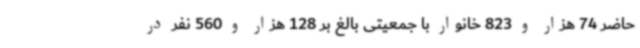
حاضر 74 هزار و 823 خانوار با جمعیتی بالغ بر 128 هزار و 560 نفر در